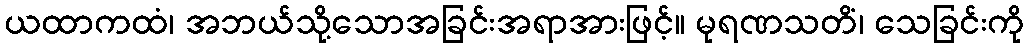
ယထာကထံ၊ အဘယ်သို့သောအခြင်းအရာအားဖြင့်။ မုရဏသတိံ၊ သေခြင်းကို